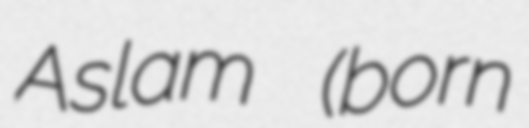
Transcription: Aslam (born